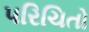
પરિચિતો